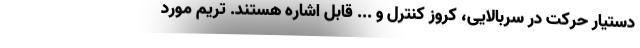
دستیار حرکت در سربالایی، کروز کنترل و ... قابل اشاره هستند. تریم مورد